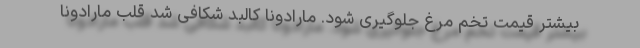
بیشتر قیمت تخم مرغ جلوگیری شود. مارادونا کالبد شکافی شد قلب مارادونا